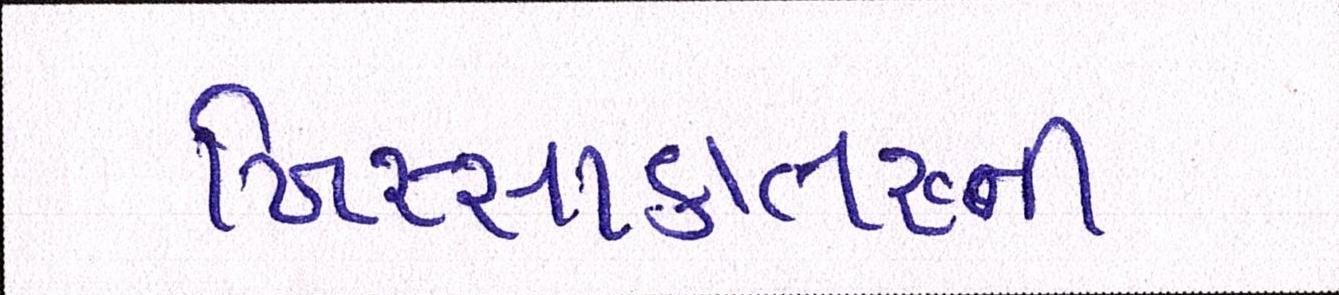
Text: ખિસ્સાકાતરુની